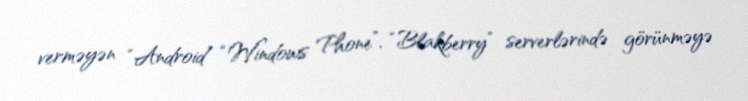
verməyən “Android” “Windows Phone”, “Blakberry” serverlərində görünməyə